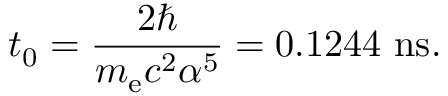
t _ { 0 } = { \frac { 2 \hbar } { m _ { \mathrm { e } } c ^ { 2 } \alpha ^ { 5 } } } = 0 . 1 2 4 4 ~ \mathrm { n s } .